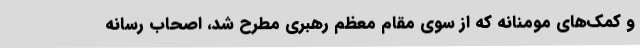
و کمک‌های مومنانه که از سوی مقام معظم رهبری مطرح شد، اصحاب رسانه